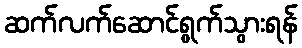
ဆက်လက်ဆောင်ရွက်သွားရန်